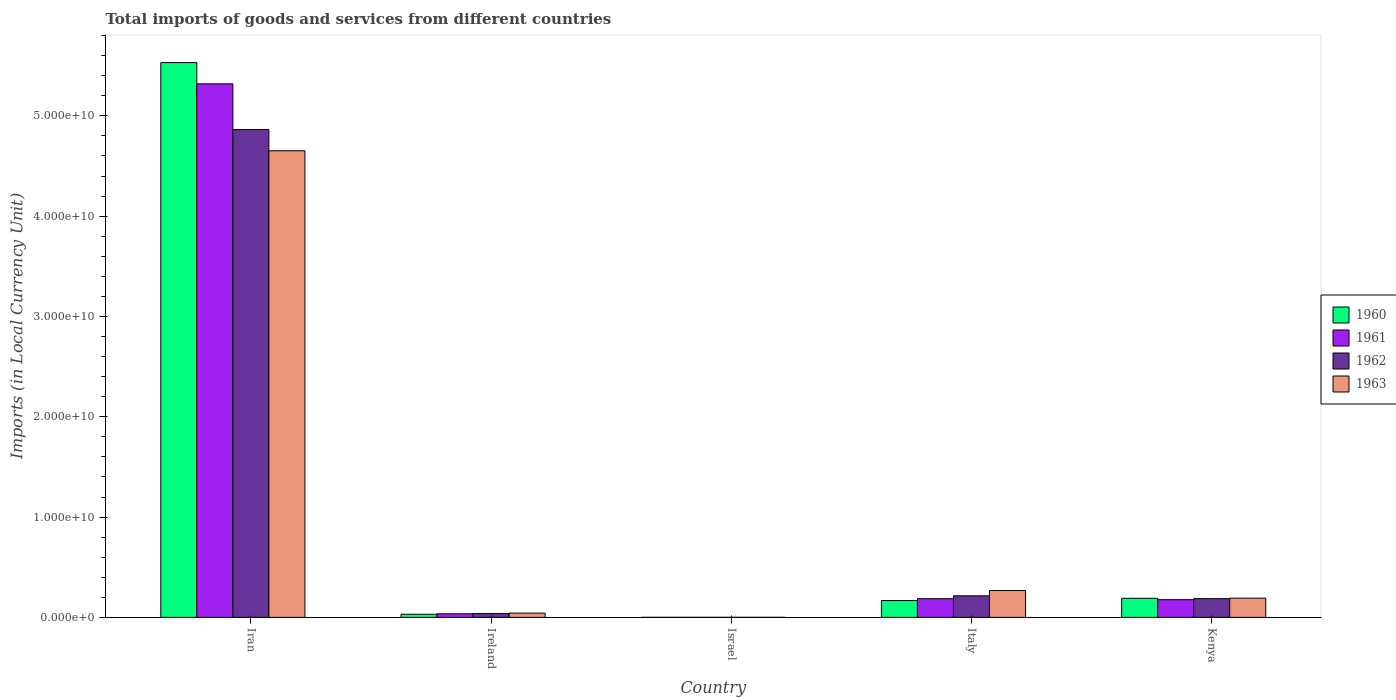
| Country | 1960 | 1961 | 1962 | 1963 |
 | --- | --- | --- | --- | --- |
 | Iran | 5.53e+10 | 5.32e+10 | 4.86e+10 | 4.65e+10 |
 | Ireland | 3.1e+08 | 3.57e+08 | 3.78e+08 | 4.26e+08 |
 | Israel | 5.78e+04 | 7.04e+04 | 1.26e+05 | 1.44e+05 |
 | Italy | 1.67e+09 | 1.86e+09 | 2.15e+09 | 2.67e+09 |
 | Kenya | 1.9e+09 | 1.76e+09 | 1.87e+09 | 1.92e+09 |